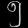
Digit: ၅